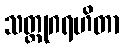
သတ္ထုဂရဟိတာ